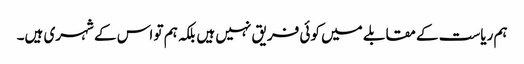
ہم ریاست کے مقابلے میں کوئی فریق نہیں ہیں بلکہ ہم تو اس کے شہری ہیں۔